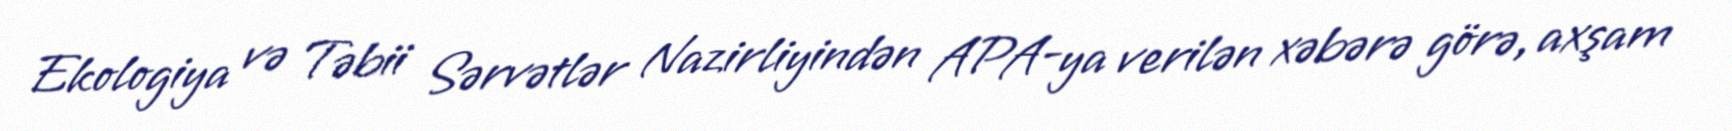
Ekologiya və Təbii Sərvətlər Nazirliyindən APA-ya verilən xəbərə görə, axşam